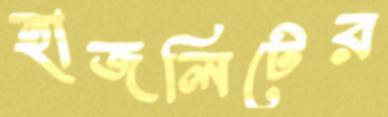
হাজলিটের